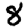
Digit: 8